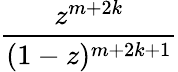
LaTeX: \frac{z^{m+2k}}{(1-z)^{m+2k+1}}